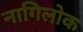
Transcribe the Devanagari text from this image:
नागिलोक